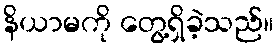
နိယာမကို တွေ့ရှိခဲ့သည်။